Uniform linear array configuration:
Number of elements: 24
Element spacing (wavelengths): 0.25
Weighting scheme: exponential
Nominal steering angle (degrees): -30
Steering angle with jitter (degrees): -30.102
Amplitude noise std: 0.05
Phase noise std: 0.05

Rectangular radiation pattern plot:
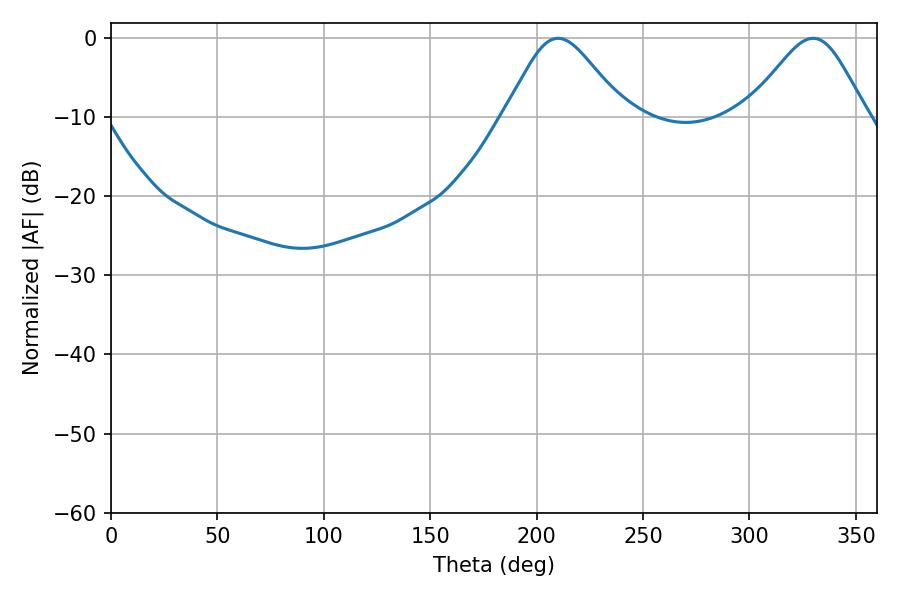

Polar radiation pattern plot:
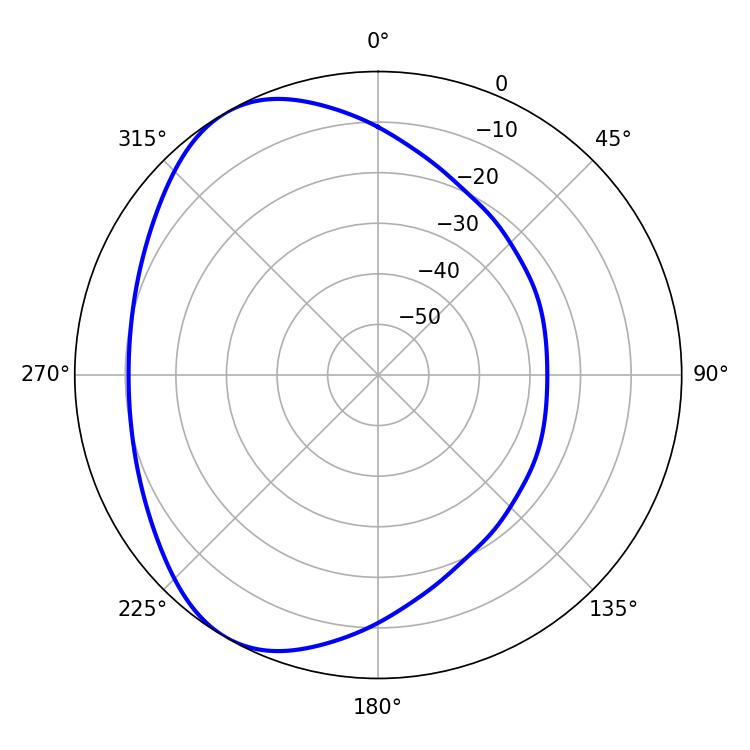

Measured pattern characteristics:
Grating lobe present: FALSE
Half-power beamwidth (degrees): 27.54
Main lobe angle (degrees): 210.06